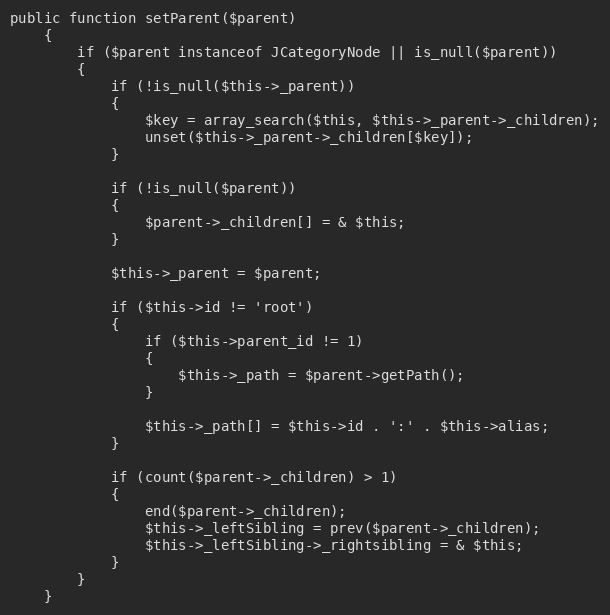
Language: PHP
public function setParent($parent)
	{
		if ($parent instanceof JCategoryNode || is_null($parent))
		{
			if (!is_null($this->_parent))
			{
				$key = array_search($this, $this->_parent->_children);
				unset($this->_parent->_children[$key]);
			}

			if (!is_null($parent))
			{
				$parent->_children[] = & $this;
			}

			$this->_parent = $parent;

			if ($this->id != 'root')
			{
				if ($this->parent_id != 1)
				{
					$this->_path = $parent->getPath();
				}

				$this->_path[] = $this->id . ':' . $this->alias;
			}

			if (count($parent->_children) > 1)
			{
				end($parent->_children);
				$this->_leftSibling = prev($parent->_children);
				$this->_leftSibling->_rightsibling = & $this;
			}
		}
	}